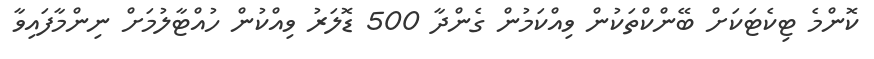
ކޮންމެ ޓިކެޓަކަށް ބޭންކްތަކުން ވިއްކަމުން ގެންދާ 500 ޑޮލަރު ވިއްކުން ހުއްޓާލުމަށް ނިންމާފައިވާ